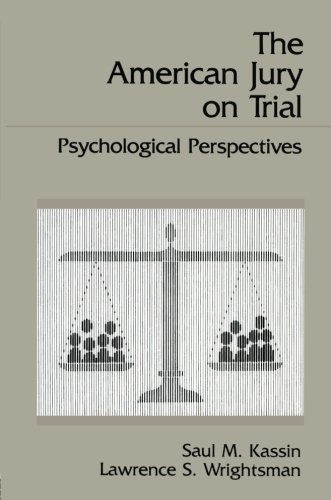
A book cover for The American Jury On Trial: Psychological Perspectives; Saul M. Kassin; Law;